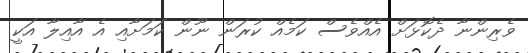
ވެރިންނާ ދެކޮޅަށް އެއްވެސް ކަމެއް ކުރަން ނޫން ކަމަށާއި އެ އާއިލާ އަކީ